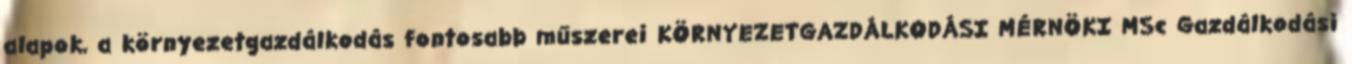
alapok, a környezetgazdálkodás fontosabb műszerei KÖRNYEZETGAZDÁLKODÁSI MÉRNÖKI MSc Gazdálkodási